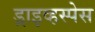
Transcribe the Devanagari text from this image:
ड्राइव्हस्पेस